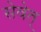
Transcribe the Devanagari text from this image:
सेवेत्